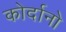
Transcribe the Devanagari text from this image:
कोर्दानो